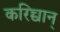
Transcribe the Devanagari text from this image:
करिच्चान्‌